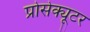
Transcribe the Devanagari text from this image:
प्रोसेक्यूटर